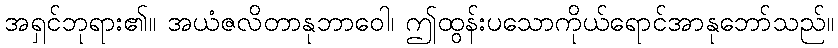
အရှင်ဘုရား၏။ အယံဇလိတာနုဘာဝေါ၊ ဤထွန်းပသောကိုယ်ရောင်အာနုဘော်သည်။